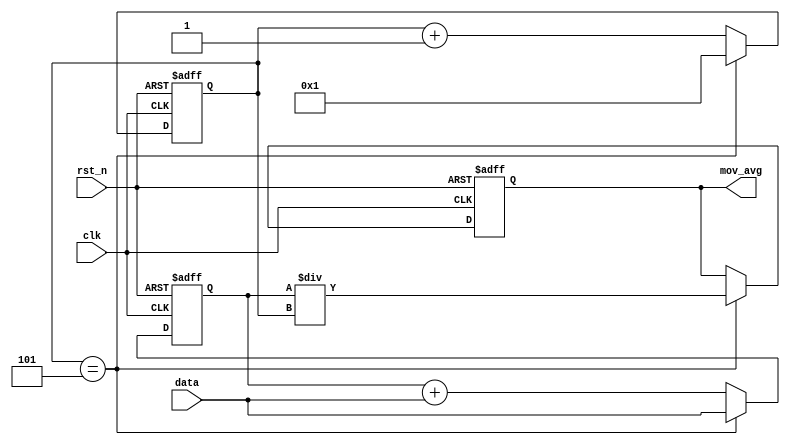
module moving_average_accumulator(
    input clk,
    input rst_n,
    input signed [15:0] data,
    output reg signed [15:0] mov_avg
);

reg [15:0] sum;
reg [3:0] counter;

always @(posedge clk or negedge rst_n) begin
    if (~rst_n) begin
        sum <= 16'b0;
        counter <= 4'b0;
        mov_avg <= 16'b0;
    end else begin
        sum <= sum + data;
        counter <= counter + 1;
        
        if (counter == 5) begin
            mov_avg <= sum / counter;
            sum <= data;
            counter <= 1;
        end
    end
end

endmodule